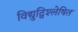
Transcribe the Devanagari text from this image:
विद्युद्विश्लेषित